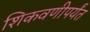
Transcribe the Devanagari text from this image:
शिकवणीपर्यंत